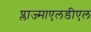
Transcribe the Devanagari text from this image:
प्लाज्माएलडीएल